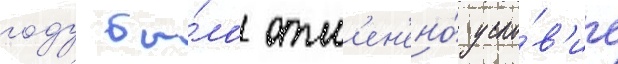
году бы́ло отм'ен'ено́ усло́в'ие